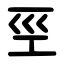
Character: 巠